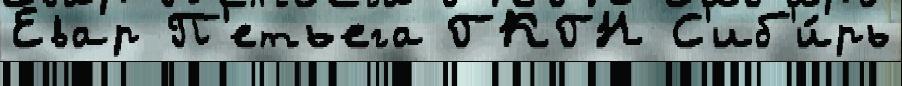
Евар П'етьега ГКГН С'иб'и́рь